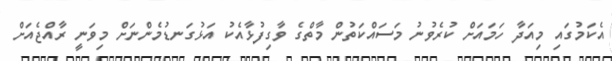
އެކަމުގައި މިއަދާ ހަމައަށް ކުރެވުނު މަސައްކަތުން މާތްގެ ވާގިފުޅާއެކު އަޅުގަނޑުމެންނަށް މިވަނީ ރާއްޖެއަށް